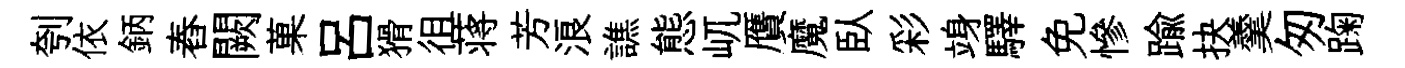
刳依鈵舂闕菓吕猾徂蒋芳浪譙態屼贋魔臥彩竧驛免慘踰抉羹匆踘